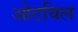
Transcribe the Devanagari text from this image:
ओटयिल